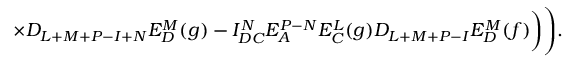
\times D _ { L + M + P - I + N } E _ { D } ^ { M } ( g ) - I _ { D C } ^ { N } E _ { A } ^ { P - N } E _ { C } ^ { L } ( g ) D _ { L + M + P - I } E _ { D } ^ { M } ( f ) \biggr ) \Biggr ) .